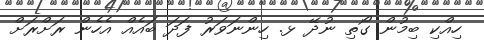
ހިއްކި ބިމުން ގޯތި ނުދޭ ޅ. ހިންނަވަރު ފަދަ ބައެއް އެހެން ރަށްރަށް